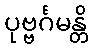
ပုဗ္ဗင်္ဂမန္တိ